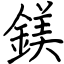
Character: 鎂